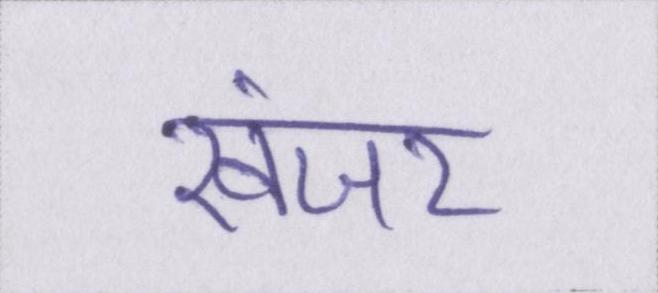
खंजर